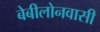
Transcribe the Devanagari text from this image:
बेबीलोनवासी